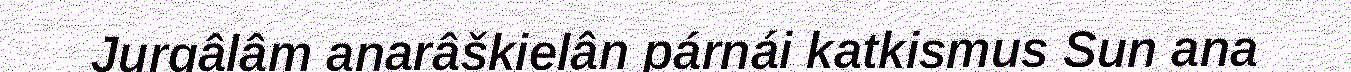
Jurgâlâm anarâškielân párnái katkismus Sun ana